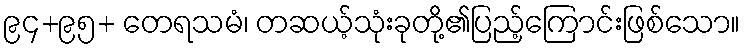
၉၄+၉၅+ တေရသမံ၊ တဆယ့်သုံးခုတို့၏ပြည့်ကြောင်းဖြစ်သော။